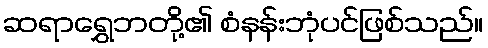
ဆရာရွှေဘတို့၏ စံနန်းဘုံပင်ဖြစ်သည်။